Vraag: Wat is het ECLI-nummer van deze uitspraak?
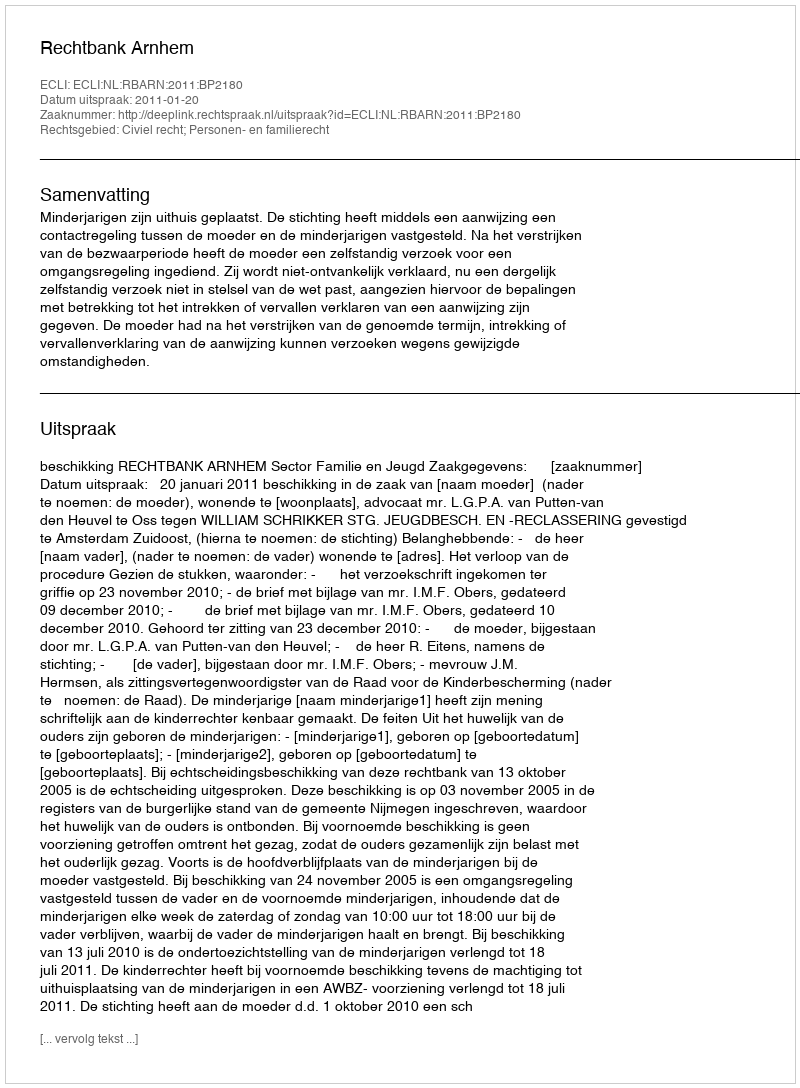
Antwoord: ECLI:NL:RBARN:2011:BP2180